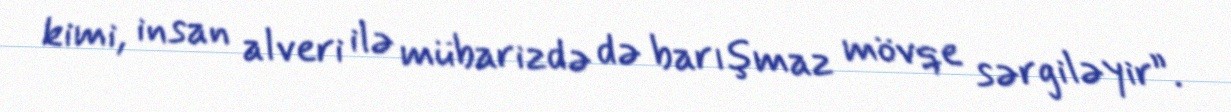
kimi, insan alveri ilə mübarizdə də barışmaz mövqe sərgiləyir”.